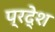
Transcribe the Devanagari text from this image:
प्रदे्श